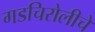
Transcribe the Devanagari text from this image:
गडचिरोलीचे